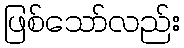
ဖြစ်သော်လည်း